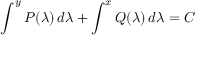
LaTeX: \int ^ { y } P ( \lambda ) \, d \lambda + \int ^ { x } Q ( \lambda ) \, d \lambda = C \,